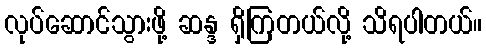
လုပ်ဆောင်သွားဖို့ ဆန္ဒ ရှိကြတယ်လို့ သိရပါတယ်။